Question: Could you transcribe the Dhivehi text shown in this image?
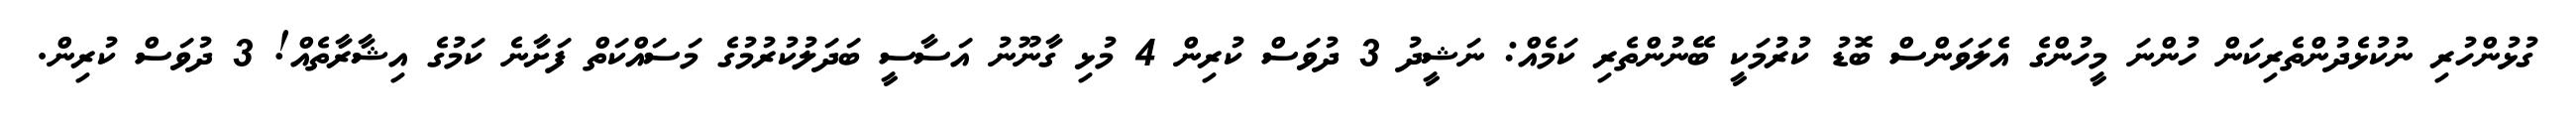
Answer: ގުޅުންހުރި ނުކުޅެދުންތެރިކަން ހުންނަ މީހުންގެ އެލަވަންސް ބޮޑު ކުރުމަކީ ބޭނުންތެރި ކަމެއް: ނަޝީދު 3 ދުވަސް ކުރިން 4 މުޅި ގާނޫނު އަސާސީ ބަދަލުކުރުމުގެ މަސައްކަތް ފަށާނެ ކަމުގެ އިޝާރާތެއް! 3 ދުވަސް ކުރިން.